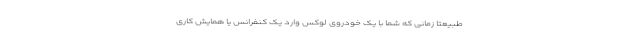
طبیعتا زمانی که شما با یک خودروی لوکس وارد یک کنفرانس یا همایش کاری